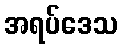
အရပ်ဒေသ